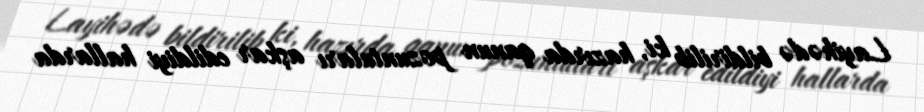
Layihədə bildirilib ki, hazırda qanun pozuntuları aşkar edildiyi hallarda